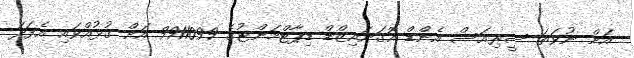
އަށް ނުވަތަ ސީރިއަސް އެންޑް އޮގަނައިޒްޑް ޑިޕާޓްމަންޓުގެ 9911099 އަށް ގުޅުއްވައި އެފަދަ